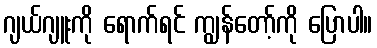
ဂျယ်ဂျူးကို ရောက်ရင် ကျွန်တော့်ကို ပြောပါ။